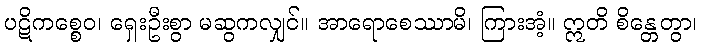
ပဋိကစ္စေဝ၊ ရှေးဦးစွာ မဆွကလျှင်။ အာရောစေဿာမိ၊ ကြားအံ့။ ဣတိ စိန္တေတွာ၊